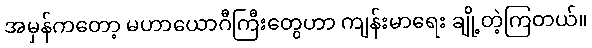
အမှန်ကတော့ မဟာယောဂီကြီးတွေဟာ ကျန်းမာရေး ချို့တဲ့ကြတယ်။